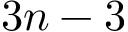
3 n - 3